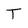
Character: T